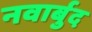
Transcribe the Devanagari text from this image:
नवार्बुद